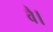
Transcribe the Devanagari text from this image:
वै।